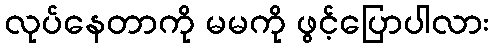
လုပ်နေတာကို မမကို ဖွင့်ပြောပါလား